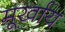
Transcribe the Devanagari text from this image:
मूर्खाय